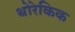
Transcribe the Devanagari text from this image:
थोरेकिक